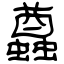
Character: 蠤